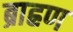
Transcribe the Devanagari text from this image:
ब्राह्रण